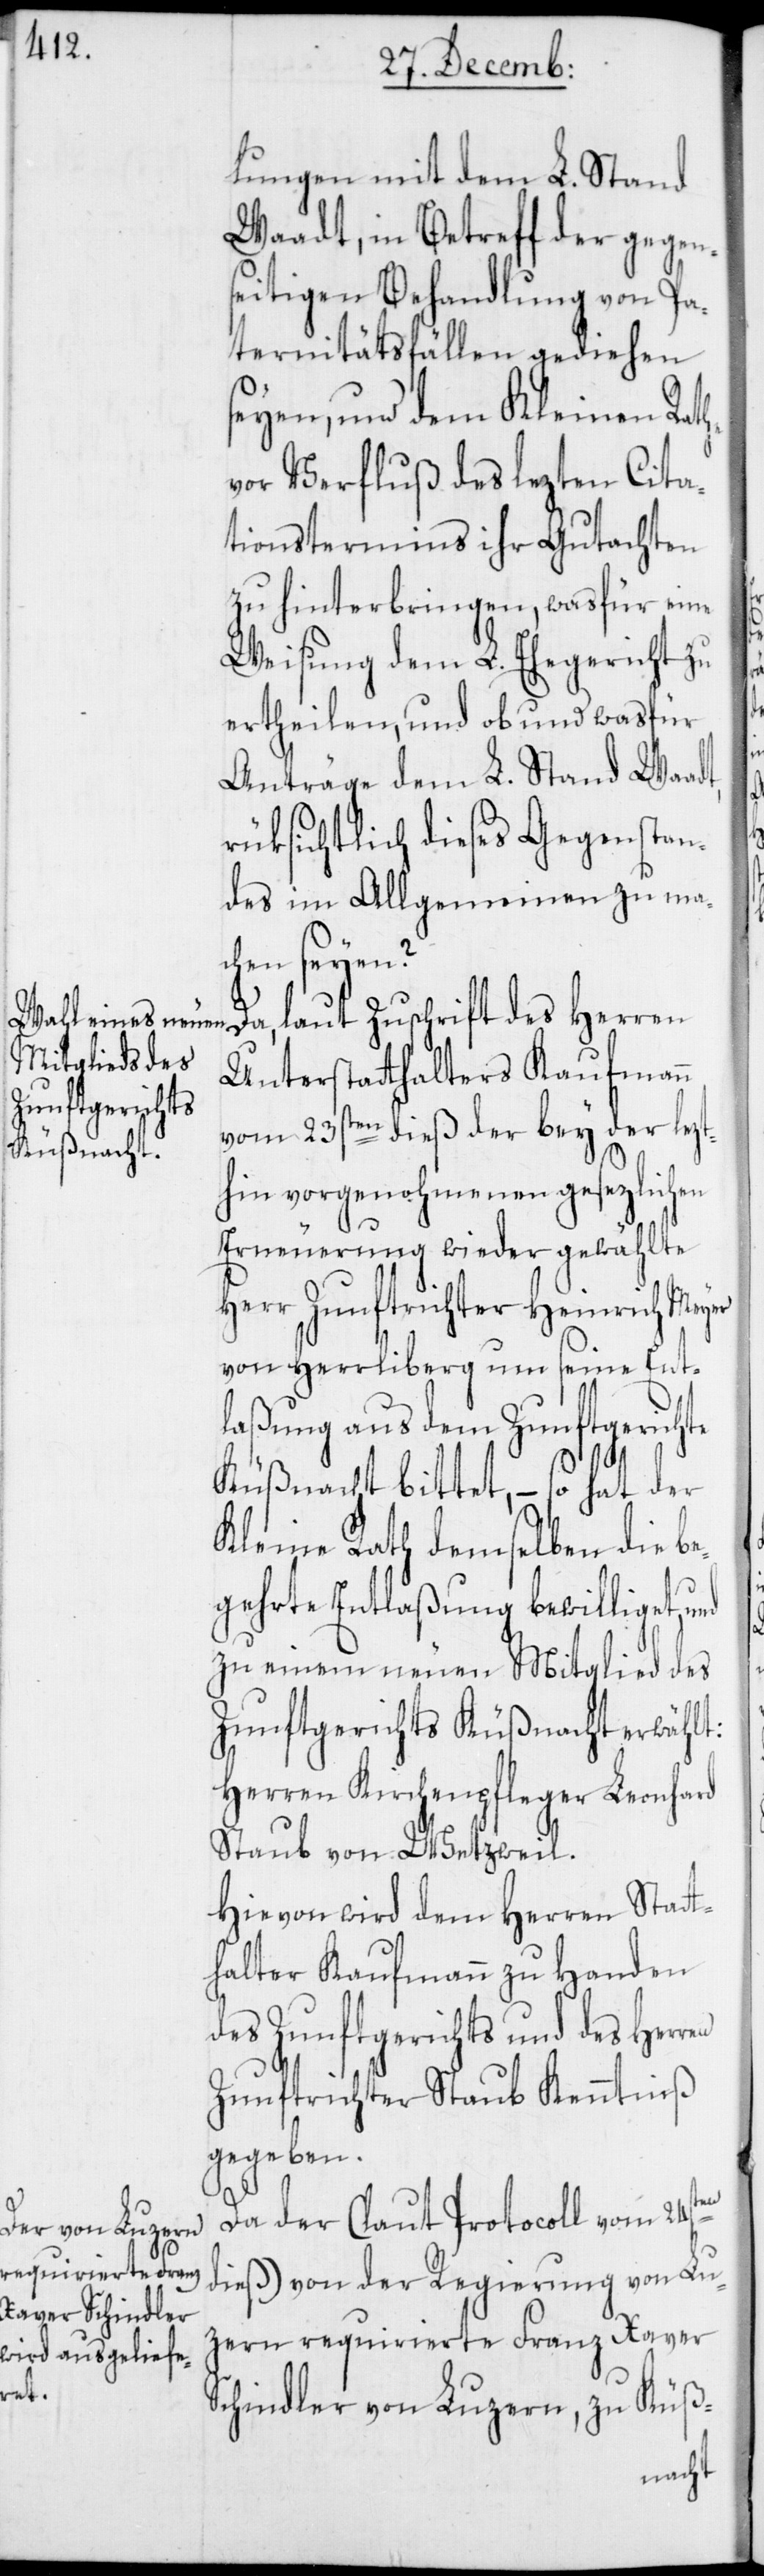
lungen mit dem L. Stand
Waadt, in Betreff der gegens¬
eitigen Behandlung von Pa¬
ternitätsfällen gediehen
seyen, und dem Kleinen Rathe
vor Verfluß des lezten Cita¬
tionstermins ihr Gutachten
zu hinterbringen, was für eine
Weisung dem L. Ehegericht zu
ertheilen, und ob und was für
Anträge dem L. Stand Waadt,
rüksichtlich dieses Gegenstan¬
des im Allgemeinen zu mac¬
hen seyen?
Da, laut Zuschrift des Herren
Unterstatthalters Kaufmann
vom 23sten dieß der bey der lezt¬
hin vorgenohmenen gesezlichen
Erneuerung wieder gewählte
Herr Zunftrichter Heinrich Meyer
von Herrliberg um seine Ent¬
laßung aus dem Zunftgerichte
Küßnacht bittet, – so hat der
Kleine Rath demselben die be¬
gehrte Entlaßung bewilliget,
zu einem neuen Mitglied des
Zunftgerichts Küßnacht erwählt:
Herren Kirchenpfleger Leonhard
Staub von Wetzweil.
Hievon wird dem Herren Statt¬
halter Kaufmann zu Handen
des Zunftgerichts und des Herren
Zunftrichter Staub Kenntniß
gegeben.
en
Da der (laut Protocoll vom 24st¬
dieß) von der Regierung von Lu¬
zern requirierte Franz Xaver
Schindler von Luzern, zu Küß-